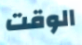
الوقت